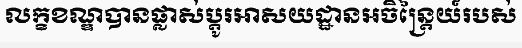
លក្ខខណ្ឌបានផ្លាស់ប្តូរអាសយដ្ឋានអចិន្ត្រៃយ៍របស់